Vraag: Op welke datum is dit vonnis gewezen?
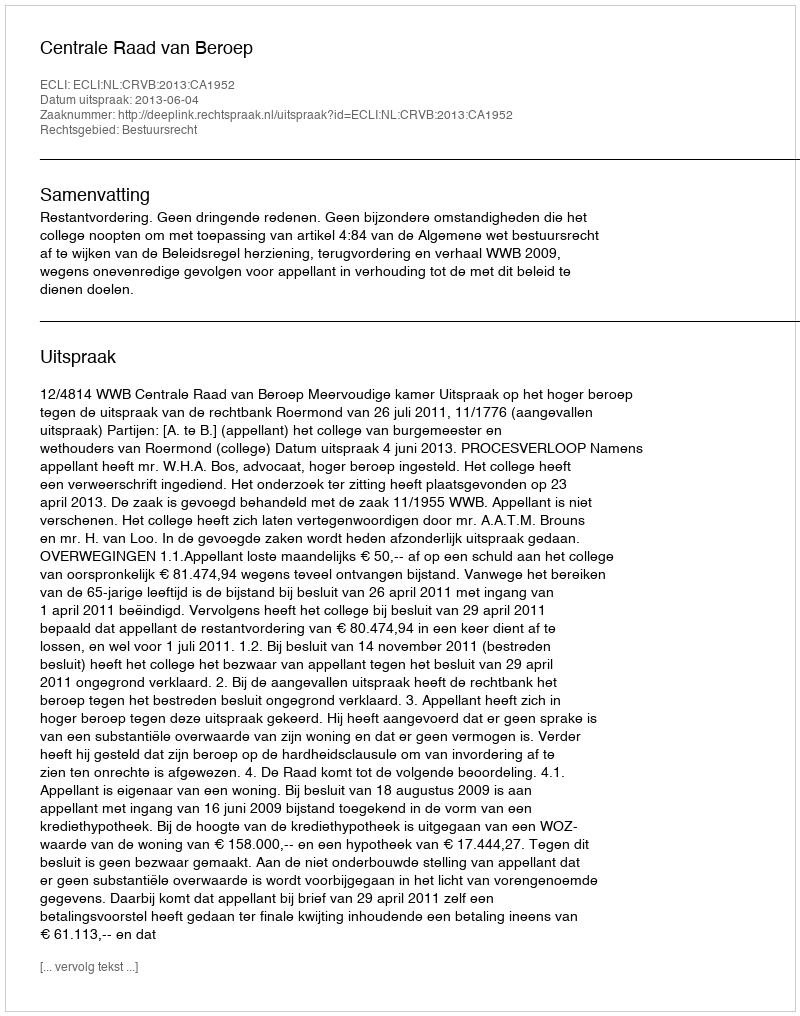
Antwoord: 2013-06-04